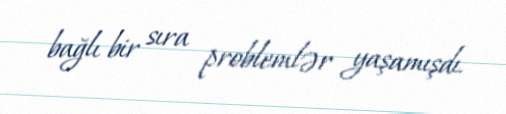
bağlı bir sıra problemlər yaşamışdı.